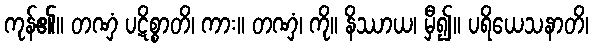
ကုန်၏။ တဏှံ ပဋိစ္စာတိ၊ ကား။ တဏှံ၊ ကို။ နိဿာယ၊ မှီ၍။ ပရိယေသနာတိ၊